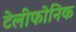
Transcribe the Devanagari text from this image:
टेलीफोनिक